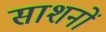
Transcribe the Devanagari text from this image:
साशनों